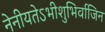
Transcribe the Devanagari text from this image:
नेनीयतेऽभीशुभिर्वाजिन